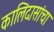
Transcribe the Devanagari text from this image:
कालिदासांचा